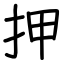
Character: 押